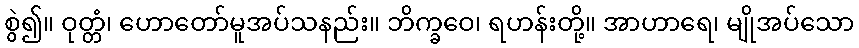
စွဲ၍။ ဝုတ္တံ၊ ဟောတော်မူအပ်သနည်း။ ဘိက္ခဝေ၊ ရဟန်းတို့။ အာဟာရေ၊ မျိုအပ်သော